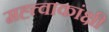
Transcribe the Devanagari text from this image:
मह्त्त्वाकांक्षी